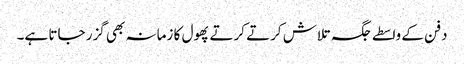
دفن کے واسطے جگہ تلاش کرتے کرتے پھول کا زمانہ بھی گزر جاتا ہے۔